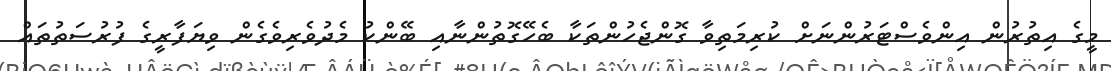
މީގެ އިތުރުން އިންވެސްޓަރުންނަށް ކުރިމަތިވާ ގޮންޖެހުންތަކާ ބެހޭގޮތުންނާއި ބޭންކު މެދުވެރިވެގެން ވިޔަފާރީގެ ފުރުސަތުތައް